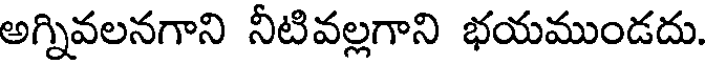
అగ్నివలనగాని నీటివల్లగాని భయముండదు.